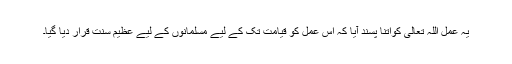
یہ عمل اللہ تعالیٰ کواتنا پسند آیا کہ اس عمل کو قیامت تک کے لیے مسلمانوں کے لیے عظیم سنت قرار دیا گیا۔